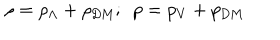
\rho = \rho _ { \Lambda } + \rho _ { \mathrm { D M } } ; ~ ~ p = p _ { V } + p _ { \mathrm { D M } }